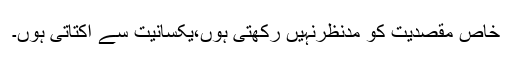
خاص مقصدیت کو مدنظرنہیں رکھتی ہوں،یکسانیت سے اکتاتی ہوں۔